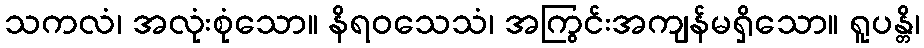
သကလံ၊ အလုံးစုံသော။ နိရဝသေသံ၊ အကြွင်းအကျန်မရှိသော။ ရူပန္တိ၊